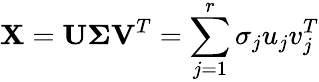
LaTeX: \textbf{X}=\textbf{U}{\mathbf\Sigma}\textbf{V}^{T}=\sum_{j=1}^{r}\sigma_{j}u_{j}v_{j}^{T}